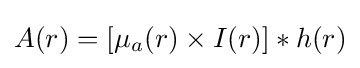
A(r)=[\mu _{a}(r)\times I(r)]*h(r)